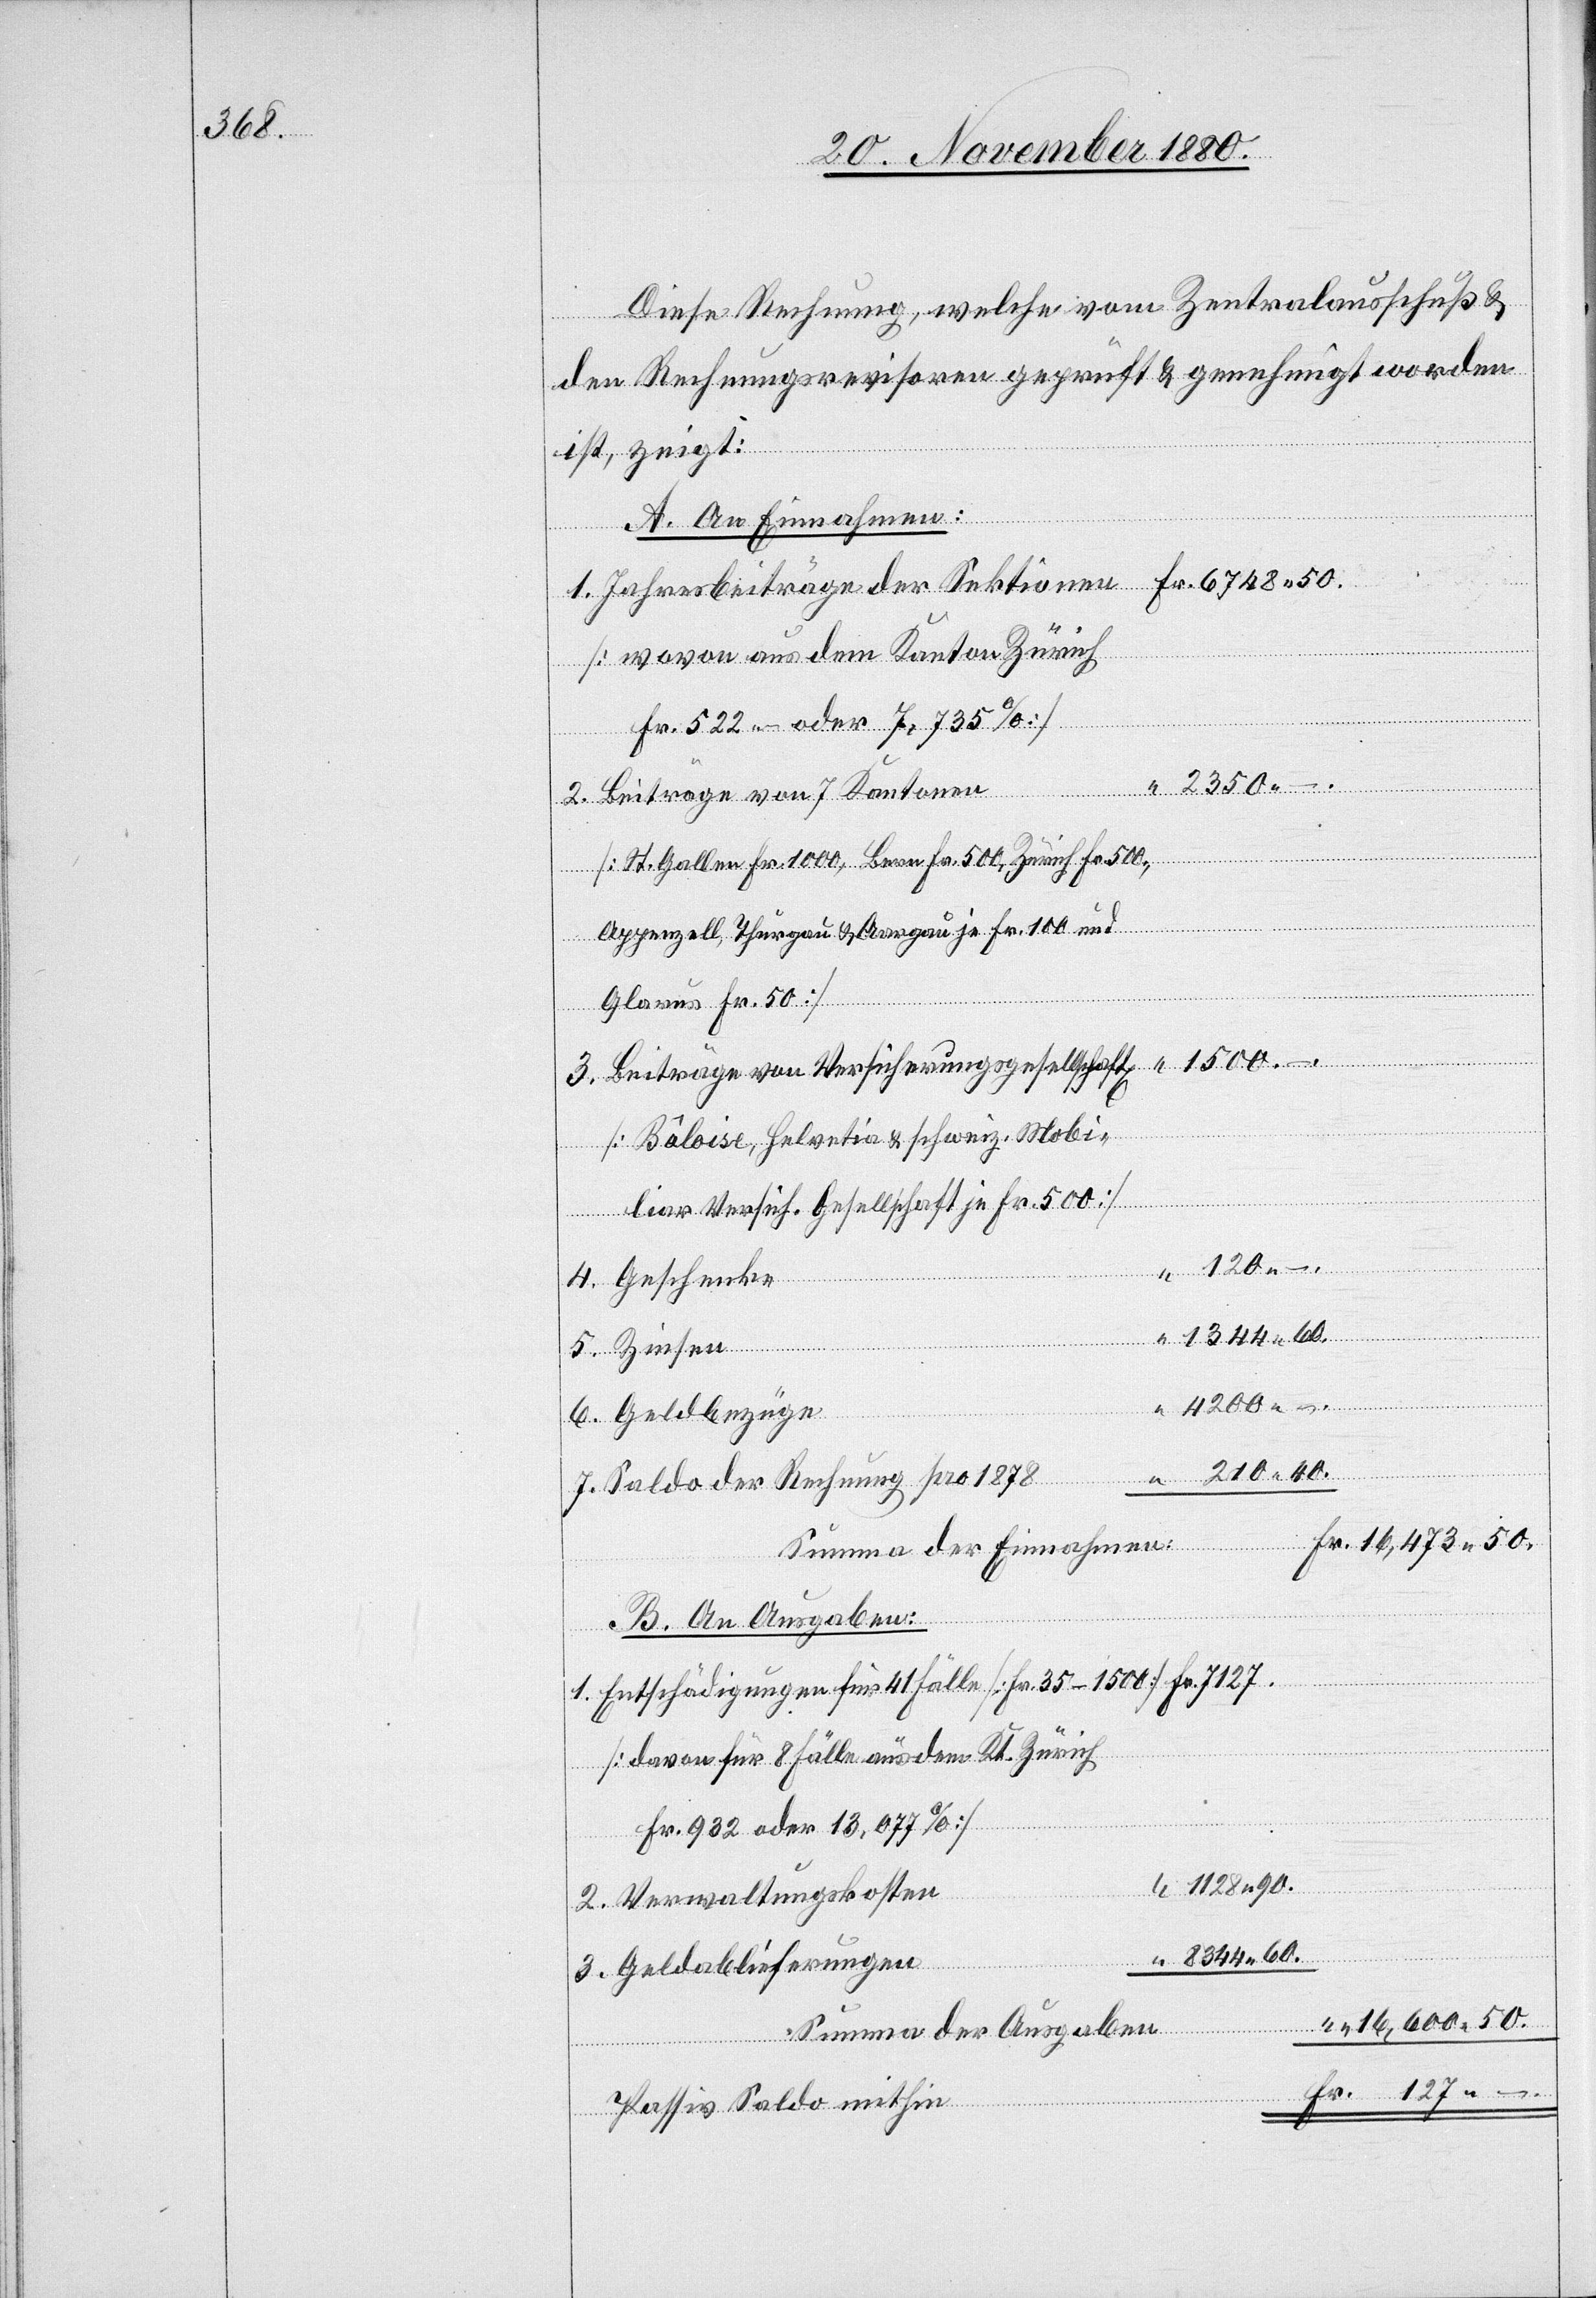
50.

Diese Rechnung, welche vom Zentralausschuß &
2.
den Rechnungrevisoren geprüft & genehmigt worden
ist, zeigt:
A. An Einnahmen:
Geldbezüge
[wovon aus dem Kanton Zürich
Zinsen
Beiträge von 7 Kantonen
[St. Gallen Fr. 1000, Bern Fr. 500, Zürich Fr. 500,
Appenzell, Thurgau & Aargau je Fr. 100 und
Glarus Fr. 50]
Beiträge von Versicherungsgesellschaft[en]
–.
[Bâloise, Helvetia, schweiz. Mobi¬
Geschenke
Saldo der Rechnung pro 1878
Summa der Einnahmen:
B. An Ausgaben:
1.
Entschädigungen für 41 Fälle [Fr. 35–1500]
“
[davon für 8 Fälle aus dem Kt. Zürich
Fr. 932 oder 13,077%]
oder
Verwaltungskosten
–.
Geldablieferungen
Summa der Ausgaben:
Fr.
Passiv Saldo mithin